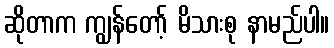
ဆိုတာက ကျွန်တော့် မိသားစု နာမည်ပါ။